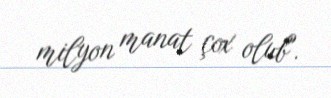
milyon manat çox olub".